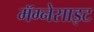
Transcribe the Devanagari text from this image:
मॅग्नेसाइट